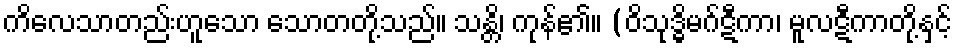
ကိလေသာတည်းဟူသော သောတတို့သည်။ သန္တိ၊ ကုန်၏။ (ဝိသုဒ္ဓိမဂ်ဋီကာ၊ မူလဋီကာတို့နှင့်